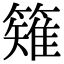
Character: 䉜